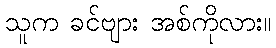
သူက ခင်ဗျား အစ်ကိုလား။